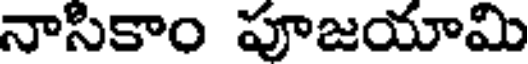
నాసికాం పూజయామి